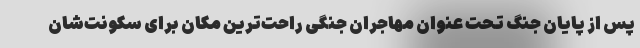
پس از پایان جنگ تحت عنوان مهاجران جنگی راحت‌ترین مکان برای سکونت‌شان